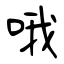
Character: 哦